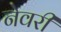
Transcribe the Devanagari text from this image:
नेवरी